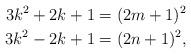
LaTeX: \begin{align*} 3k^2+2k+1 &= (2m+1)^2\\ 3k^2-2k+1 &= (2n+1)^2, \end{align*}